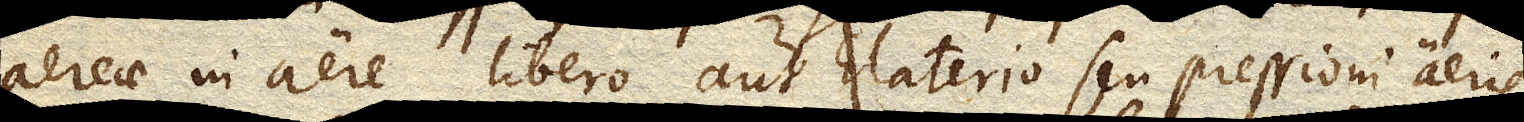
aereae in aere libero, aut Elaterio seu pressioni aeris